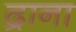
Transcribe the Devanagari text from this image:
द्राना